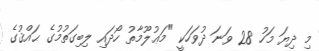
މި ދިޔަ މަހު 28 ވަނަ ދުވަހަކީ "މަޢުލޫމާތު ހޯދައި ލިބިގަތުމުގެ ޙައްޤުގެ